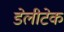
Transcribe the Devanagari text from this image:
डेलीटेक